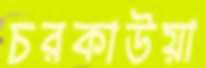
চরকাউয়া